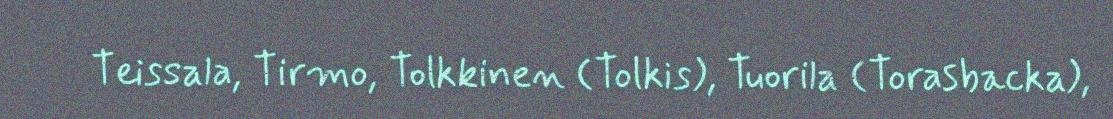
Teissala, Tirmo, Tolkkinen (Tolkis), Tuorila (Torasbacka),